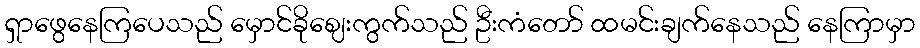
ရှာဖွေနေကြပေသည် မှောင်ခိုဈေးကွက်သည် ဦးကံတော် ထမင်းချက်နေသည် နေကြာမှာ